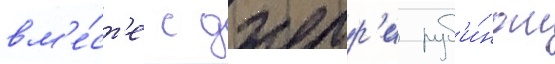
вм'е́ст'е с джерр'и руб'и́ном